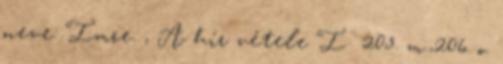
neve: Imre. , A hír vétele I 205. m.,206. o.